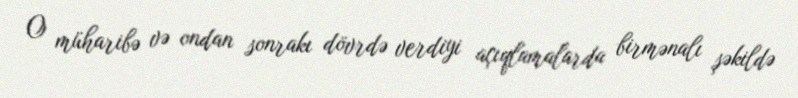
O müharibə və ondan sonrakı dövrdə verdiyi açıqlamalarda birmənalı şəkildə